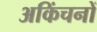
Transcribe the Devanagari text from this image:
अकिंचनों